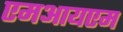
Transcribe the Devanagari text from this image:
एमआयएम